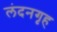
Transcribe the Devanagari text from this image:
लंदनगृह